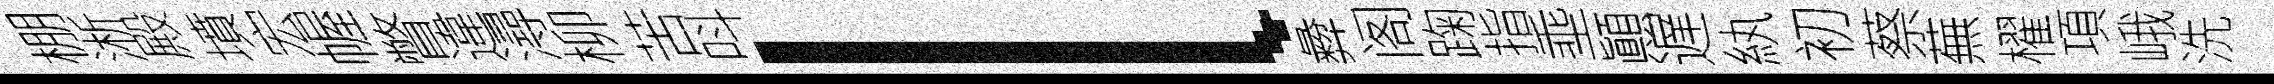
棚淅殿墳宏幄瞥違潯柳苦呌l彜阁踘指埀顚遅紈初蔡蕪櫂項峨洗